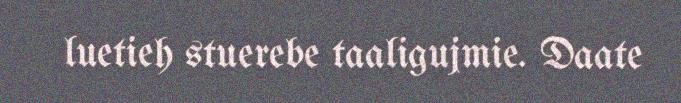
luetieh stuerebe taaligujmie. Daate